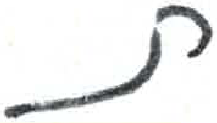
אות: ת